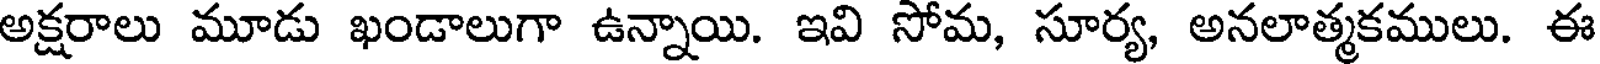
అక్షరాలు మూడు ఖండాలుగా ఉన్నాయి. ఇవి సోమ, సూర్య, అనలాత్మకములు. ఈ